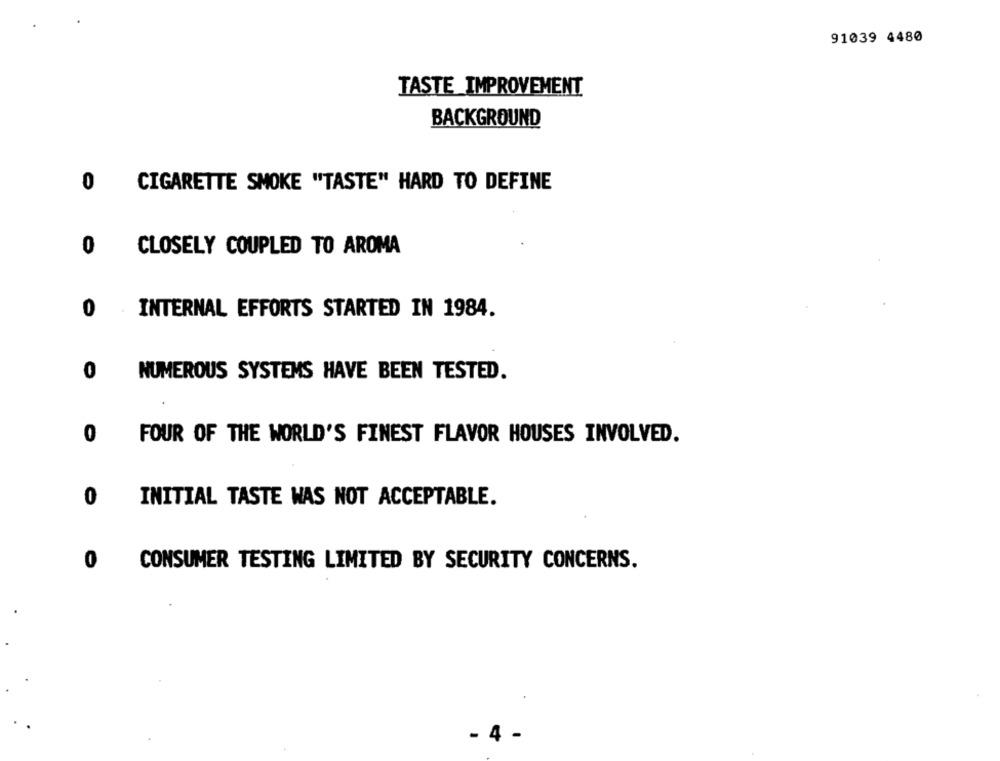
91039 4480
TASTE IMPROVEMENT
BACKGROUND
0
CIGARETTE SMOKE "TASTE" HARD TO DEFINE
0
CLOSELY COUPLED TO AROMA
INTERNAL EFFORTS STARTED IN 1984.
0
NUMEROUS SYSTEMS HAVE BEEN TESTED.
0
FOUR OF THE WORLD'S FINEST FLAVOR HOUSES INVOLVED.
0
INITIAL TASTE WAS NOT ACCEPTABLE.
0
CONSUMER TESTING LIMITED BY SECURITY CONCERNS.
- 4 -